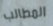
المطالب